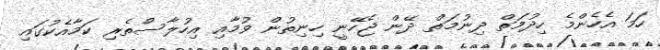
ހަމަ އެހެންމެ ހިދުމަތް ދިނުމަތް ދޭން ޖެހޭނީ ހިނިތުން ވުމާއި އިހުލާސްތެރި ކަމާއެކުގައި